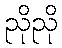
ညိုညို